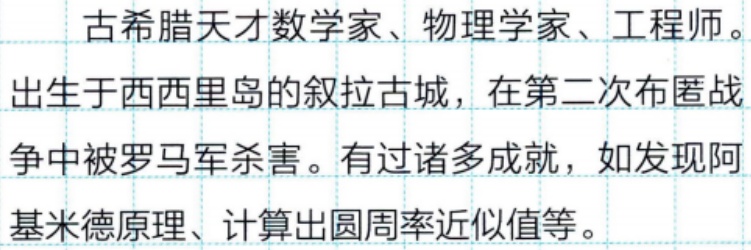
古希腊天才数学家、物理学家、工程师。
出生于西西里岛的叙拉古城，在第二次布匿战
争中被罗马军杀害。有过诸多成就，如发现阿
基米德原理、计算出圆周率近似值等。